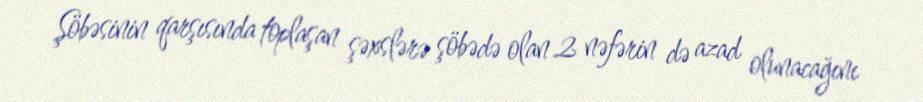
Şöbəsinin qarşısında toplaşan şəxslərə şöbədə olan 2 nəfərin də azad olunacağını